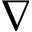
\nabla